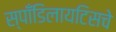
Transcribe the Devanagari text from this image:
स्पाँडिलायटिसचे